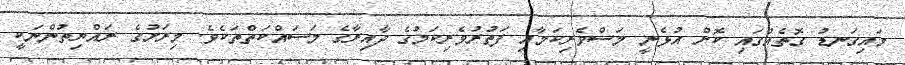
މައިގަނޑު ގޮތެއްގައި ކޮށް އުޅެނީ މަސްވެރިކަމާއި ފަތުރުވެރިކަމުގެ ދާއިރާގެ މަސައްކަތްތަކެވެ. މިރަށުގެ ރައްޔިތުންނަކީ